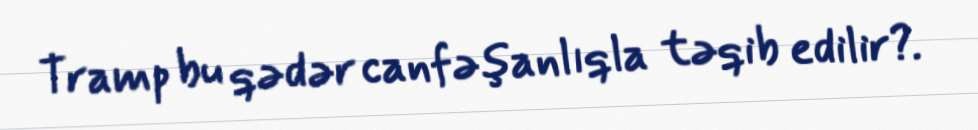
Tramp bu qədər canfəşanlıqla təqib edilir?.